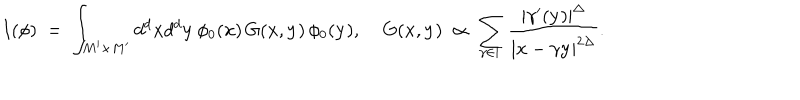
I ( \phi ) \; = \; \int _ { M ^ { \prime } \times M ^ { \prime } } d ^ { d } { \bf x } d ^ { d } { \bf y } \, \phi _ { 0 } ( { \bf x } ) \, G ( { \bf x } , { \bf y } ) \, \phi _ { 0 } ( { \bf y } ) , \; G ( { \bf x } , { \bf y } ) \; \propto \; \sum _ { \gamma \in \Gamma } \frac { | \gamma ^ { \prime } ( { \bf y } ) | ^ { \Delta } } { | { \bf x } - \gamma { \bf y } | ^ { 2 \Delta } } .